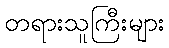
တရားသူကြီးများ